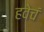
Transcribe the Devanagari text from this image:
हवेचं